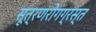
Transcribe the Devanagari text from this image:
सूत्रणरोगग्रस्त